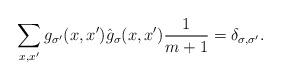
LaTeX: \begin{align*}\sum_{x,x'} g_{\sigma'}(x,x') \hat{g}_\sigma (x,x')\frac{1}{m+1} = \delta_{\sigma,\sigma'}.\end{align*}